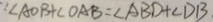
\because \angle A O B + \angle O A B = \angle A B D + \angle D B .